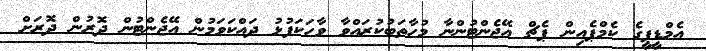
އެމްޑީޕީގެ ކެމްޕެއިން ޕެޗް އޭޖެންޓުންނާ މުހާތަބުކުރައްވާ ވާހަކަފުޅު ދައްކަވަމުން އޭޖެންޓުން ދޮރުން ދޮރަށް